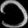
Digit: ၁